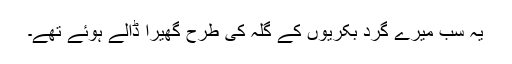
یہ سب میرے گرد بکریوں کے گلہ کی طرح گھیرا ڈالے ہوئے تھے۔